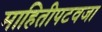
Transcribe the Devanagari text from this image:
माहितीपटवजा